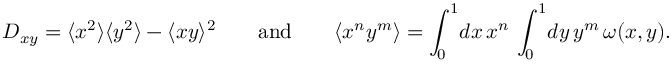
D _ { x y } = \langle x ^ { 2 } \rangle \langle y ^ { 2 } \rangle - \langle x y \rangle ^ { 2 } \qquad \mathrm { a n d } \qquad \langle x ^ { n } y ^ { m } \rangle = \int _ { 0 } ^ { 1 } \! d x \, x ^ { n } \, \int _ { 0 } ^ { 1 } \! d y \, y ^ { m } \, \omega ( x , y ) .